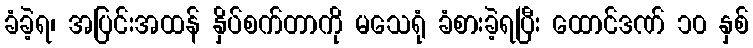
ခံခဲ့ရ၊ အပြင်းအထန် နှိပ်စက်တာကို မသေရုံ ခံစားခဲ့ရပြီး ထောင်ဒဏ် ၁၀ နှစ်